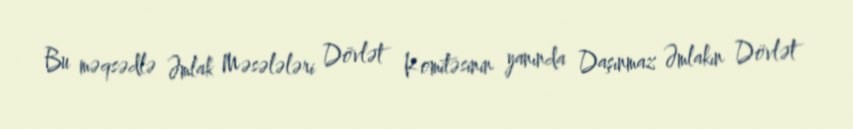
Bu məqsədlə Əmlak Məsələləri Dövlət Komitəsinin yanında Daşınmaz Əmlakın Dövlət